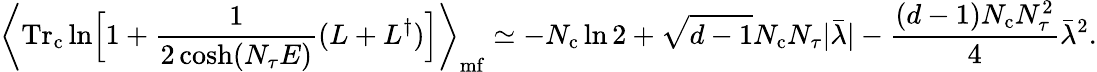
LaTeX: \biggl\langle\mathrm{Tr_{c}}\ln\Bigl[1+\frac{1}{2\cosh(N_{\tau}E)}(L+L^{\dagger})\Bigr]\biggr\rangle_{\mathrm{mf}}\simeq-N_{\mathrm{c}}\ln 2+\sqrt{d-1}N_{\mathrm{c}}N_{\tau}|\bar{\lambda}|-\frac{(d-1)N_{\mathrm{c}}N_{\tau}^{2}}{4}\bar{\lambda}^{2}.